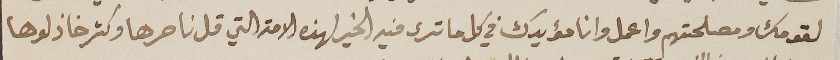
لقومك ومصلحتهم واعمل وانا مؤيدك في كل ما ترى فيه الخير لهذه الامة التي قل ناصرها وكثر خاذلوها